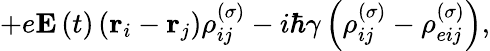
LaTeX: +e\mathbf{E}\left(t\right)\left(\mathbf{r}_{i}-\mathbf{r}_{j}\right)\rho_{ij}^{\left(\sigma\right)}-i\hbar\gamma\left(\rho_{ij}^{\left(\sigma\right)}-\rho_{eij}^{\left(\sigma\right)}\right),